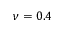
\nu = 0 . 4